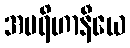
အပရိဟာနီယေ